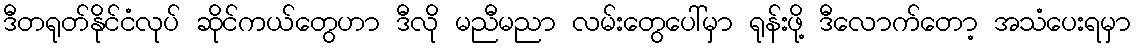
ဒီတရုတ်နိုင်ငံလုပ် ဆိုင်ကယ်တွေဟာ ဒီလို မညီမညာ လမ်းတွေပေါ်မှာ ရုန်းဖို့ ဒီလောက်တော့ အသံပေးရမှာ